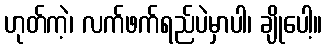
ဟုတ်ကဲ့၊ လက်ဖက်ရည်ပဲမှာပါ၊ ချိုပေါ့။